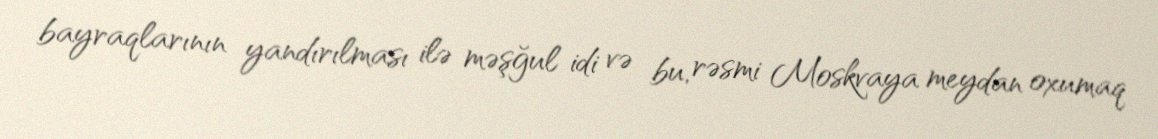
bayraqlarının yandırılması ilə məşğul idi və bu, rəsmi Moskvaya meydan oxumaq